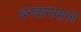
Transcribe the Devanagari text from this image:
बन्दानवाज